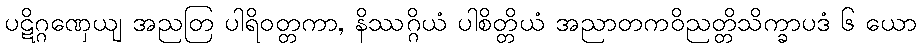
ပဋိဂ္ဂဏှေယျ အညတြ ပါရိဝတ္တကာ, နိဿဂ္ဂိယံ ပါစိတ္တိယံ အညာတကဝိညတ္တိသိက္ခာပဒံ ၆ ယော